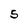
Character: 5